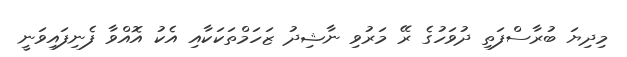
މިދިޔަ ބުރާސްފަތި ދުވަހުގެ ރޭ މަރުވި ނާޝިދު ޒަހަމްތަކަކާއި އެކު އޮއްވާ ފެނިފައިވަނީ